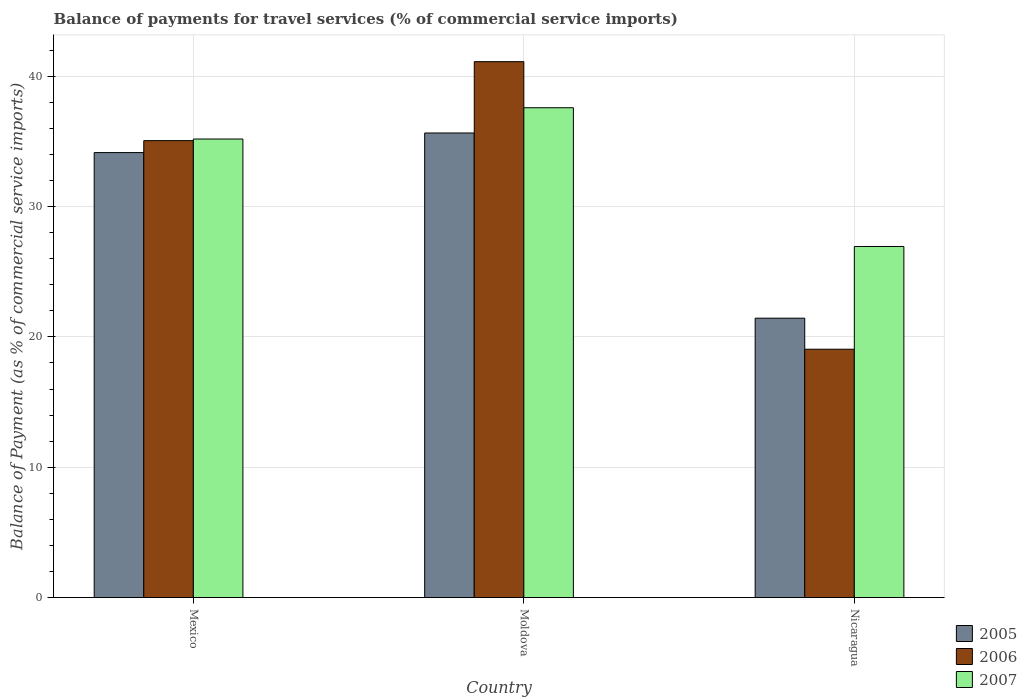
| Country | 2005 | 2006 | 2007 |
 | --- | --- | --- | --- |
 | Mexico | 34.1 | 35.1 | 35.2 |
 | Moldova | 35.6 | 41.1 | 37.6 |
 | Nicaragua | 21.4 | 19.1 | 26.9 |